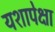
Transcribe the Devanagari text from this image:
यशापेक्षा